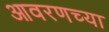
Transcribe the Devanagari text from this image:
आवरणच्या